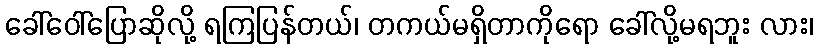
ခေါ်ဝေါ်ပြောဆိုလို့ ရကြပြန်တယ်၊ တကယ်မရှိတာကိုရော ခေါ်လို့မရဘူး လား၊